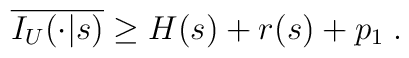
\overline{I_U(\cdot|s)} \geq H(s) + r(s) + p_1 \;.